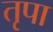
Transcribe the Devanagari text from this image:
तृपा